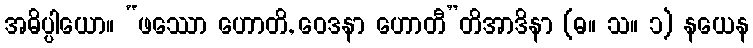
အဓိပ္ပါယော။ “ဖဿော ဟောတိ, ဝေဒနာ ဟောတီ”တိအာဒိနာ (ဓ။ သ။ ၁) နယေန